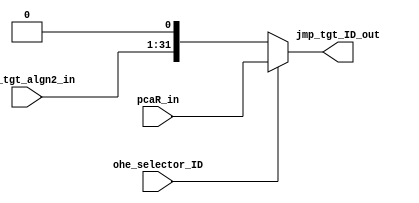

// File generated by Go version U-2022.12#33f3808fcb#221128, Thu Jan 25 16:08:15 2024
// Copyright 2014-2022 Synopsys, Inc. All rights reserved.
// go -I../lib -F -DSYNTHESIS_NO_UNGROUP -D__tct_patch__=0 -Verilog -otrv32p3_cnn_vlog -cgo_options.cfg -Itrv32p3_cnn_vlog/tmp_pdg -updg -updg_controller trv32p3_cnn



`timescale 1ns/1ps

// module mux_jmp_tgt_ID : mux_jmp_tgt_ID
module mux_jmp_tgt_ID
  ( input                    ohe_selector_ID,
    input      signed [30:0] jmp_tgt_algn2_in, // t31s_rp1
    input      signed [31:0] pcaR_in, // w32
    output reg signed [31:0] jmp_tgt_ID_out // w32
  );


  always @ (*)

  begin : p_mux_jmp_tgt_ID

    // jmp_tgt_ID_out = 32'sh0;

    // (jmp_tgt_ID_copy0_jmp_tgt_algn2_ID)
    // [ctrl.n:201]
    jmp_tgt_ID_out = $signed({jmp_tgt_algn2_in, 1'b0});

    if (ohe_selector_ID) // (jmp_tgt_ID_copy0_pcaR_ID)
    begin
      // [ctrl.n:165]
      jmp_tgt_ID_out = pcaR_in;
    end

  end

endmodule